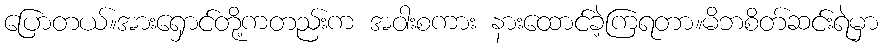
ပြောတယ်။အားရှောင်တို့ကတည်းက အဝါးစကား နားထောင်ခဲ့ကြရတာ။မိဘစိတ်ဆင်းရဲမှာ